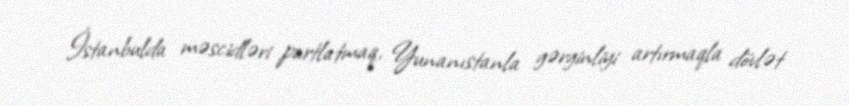
İstanbulda məscidləri partlatmaq, Yunanıstanla gərginliyi artırmaqla dövlət